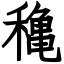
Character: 穐